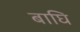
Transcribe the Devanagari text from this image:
बाघि